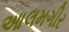
આલમગીર